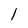
Character: 1